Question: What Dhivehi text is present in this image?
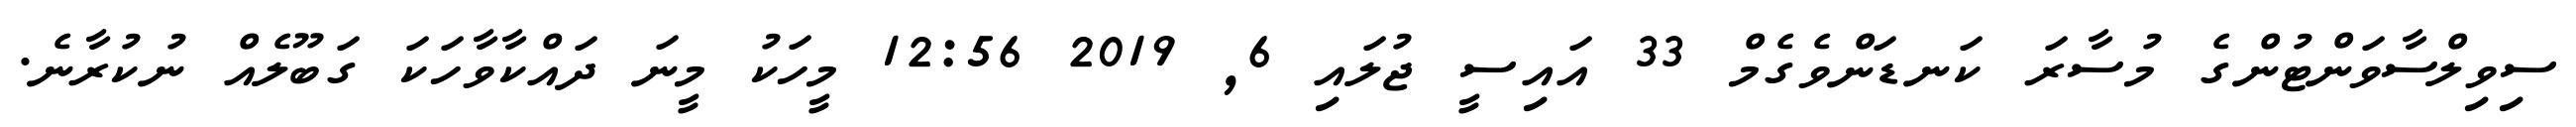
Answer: ސިވިލްސާވަންޓުންގެ މުސާރަ ކަނޑަންވެގެމް 33 އައިސީ ޖުލައި 6, 2019 12:56 މީހަކު މީނަ ދައްކާވާހަކަ ގަބޫލެއް ނުކުރާނެ.